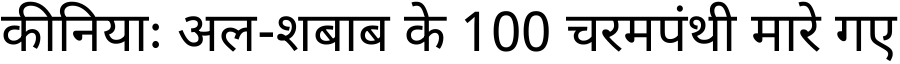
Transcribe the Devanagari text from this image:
कीनियाः अल-शबाब के 100 चरमपंथी मारे गए